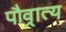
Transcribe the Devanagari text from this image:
पौव्रात्य